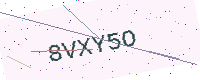
Text: 8VXY5O